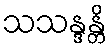
သသန္ဒန္တိ